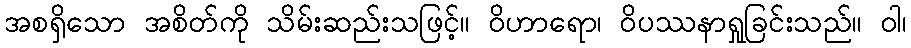
အစရှိသော အစိတ်ကို သိမ်းဆည်းသဖြင့်။ ဝိဟာရော၊ ဝိပဿနာရှုခြင်းသည်။ ဝါ၊